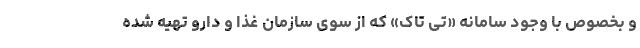
و بخصوص با وجود سامانه «تی تاک» که از سوی سازمان غذا و دارو تهیه شده